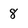
Character: 8